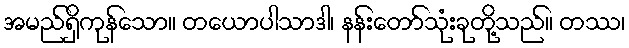
အမည်ရှိကုန်သော။ တယောပါသာဒါ၊ နန်းတော်သုံးခုတို့သည်။ တဿ၊